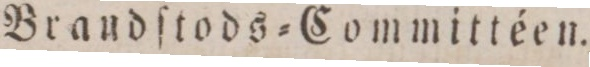
Brandſtods=Committéen